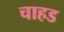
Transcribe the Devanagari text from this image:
चाहड